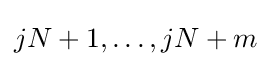
jN+1,\ldots ,jN+m